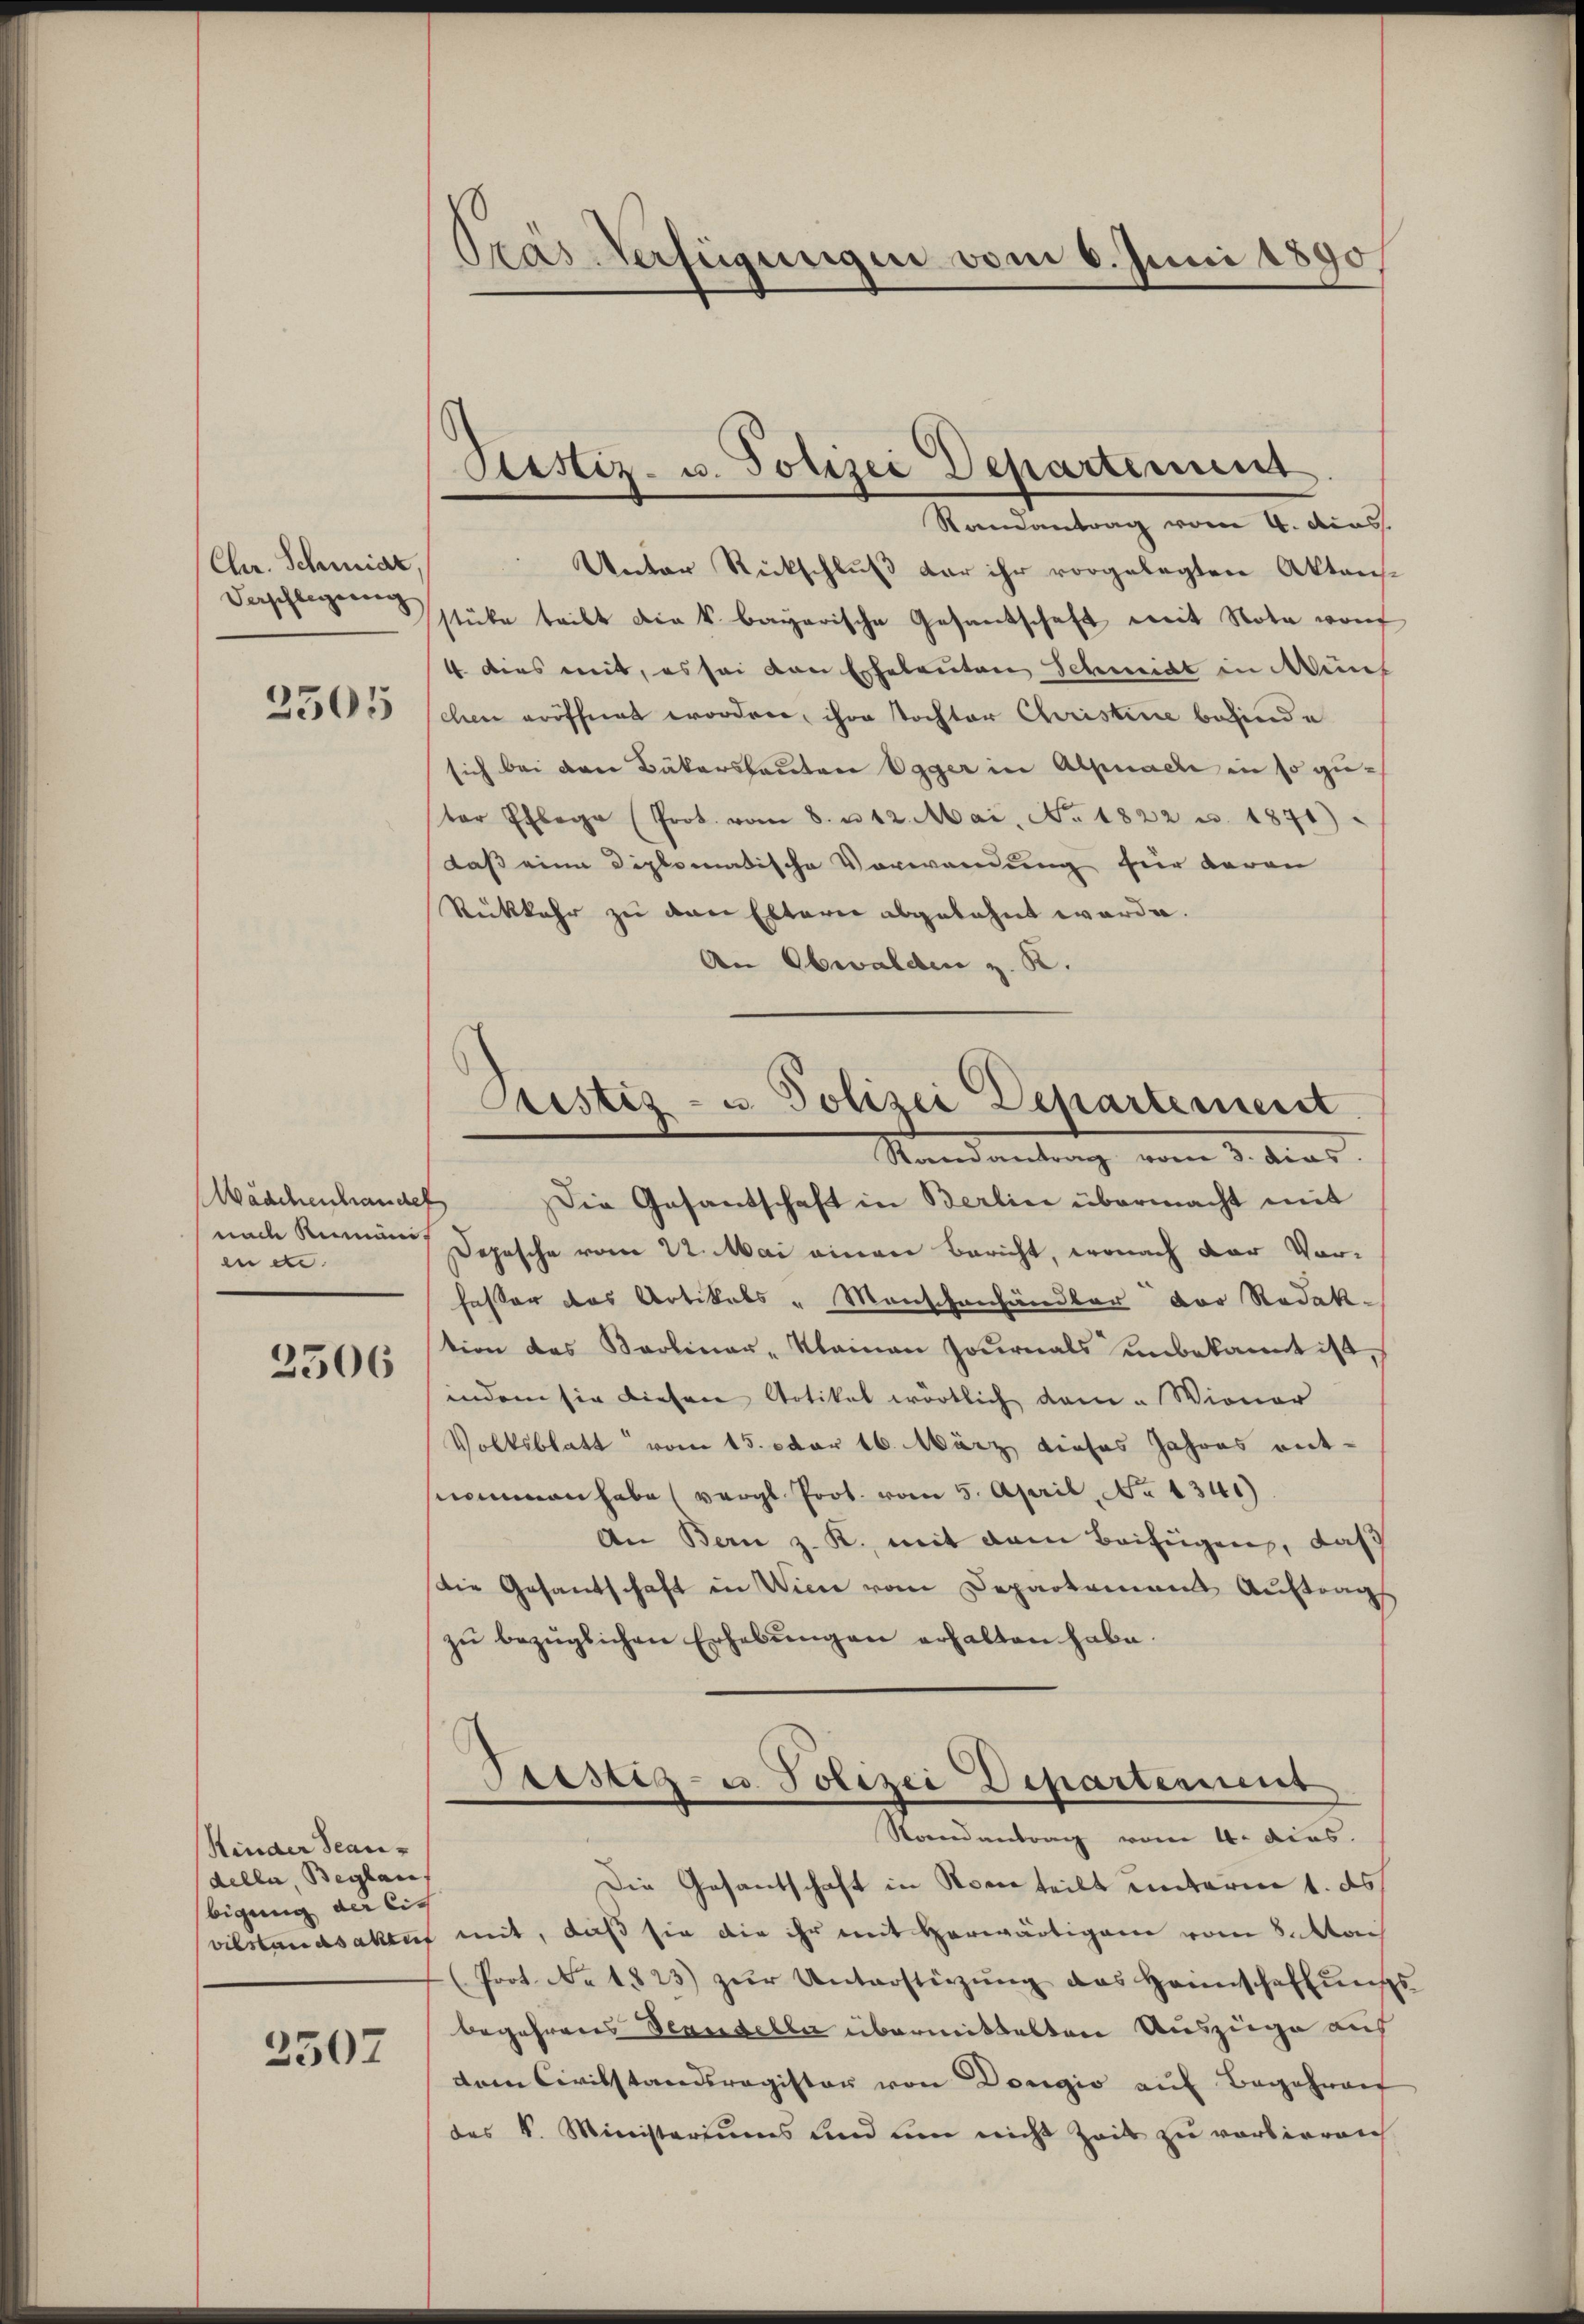
Chr. Schmidt,
Verschlegeng
2505

Mädchenhandel
nach Rumäniene.
2506

Rinder Beaudella, Beglau
bigung der lich

2507

Pras-Verfügungen vom 6. Juni 1890.

Custiz- u. Polizei Departement.
Randantrag vom 4. dies

Unter Rückschluß der ihr vorgelegten Aktensstüke teilt die k. bayerische Gesandschaft mit Nota vorf
4 dies mit, es sei von Eheleuten Schmidt in Müns
chen eröffnet worden, ihre tochter Christine befinde
sich bei den Bäkerstauten Egger in Alpnade in so guter Pflege (Prot. vom 8. u 12. Mai, No. 1822 u. 1871)
dass eine Diplomadische Vorwandung hier davon
Rückkehr zu von Elterie abgelehnt werde.
An Obwalden z. K.
Die Gesantschaft in Berlin übermacht mit
Depesche vom 22. Mai einer Bericht, wonach der Vor-
fester das Artikels " Menschenhändler der Redak-
tion des Karlinar - Kleinen Journals unbekannt ist.
indem sie diesen Artikel wörtlich dam - Wiener
Volksblatt vom 15. Dtor 16. März dieses Jahres ent-
nommen habe (vergl. Prot. vom 5. April, No 1341)
An Bern z. K. mit dem Beifügen, daß
die Gesandschaft in Wien vom Deparkannes Auftrags
zŭ bezüglichen Erhebungen erhalten habe.
Prestiz- u. Polizei Departement
Randantrag vom 4. dies.
Die Gesantschaft in Nornteilt unterm 1. ds.
vilstandsaken mit, daß sie die ihr mit herwärtigen vom 8. Mach
(Prot. No. 1823) zŭr Unterstützŭng des Heimschaffŭngs-
begehrens Teandelle übermittelten Auszüge aus
dem Civilstandsregister von Dougio auf Begehren
des k. Ministeriums und um nicht Zeit zu verbieren

Pristiz- u Polizei Departement
Randantrag vom 3. dies